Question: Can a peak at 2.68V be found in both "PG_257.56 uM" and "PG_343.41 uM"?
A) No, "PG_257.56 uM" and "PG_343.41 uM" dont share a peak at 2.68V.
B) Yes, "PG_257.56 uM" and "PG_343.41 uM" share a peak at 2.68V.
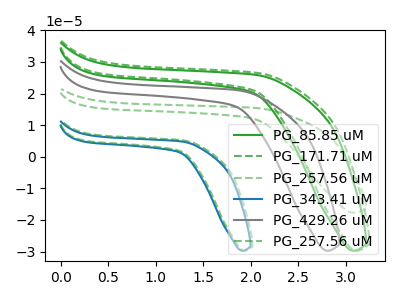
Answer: <think>The green curve "PG_85.85 uM" has no peaks. The green dashed curve "PG_171.71 uM" has no peaks. The green dashed curve "PG_257.56 uM" has no peaks. The blue curve "PG_343.41 uM" has no peaks. The gray curve "PG_429.26 uM" has no peaks. The green dashed curve "PG_257.56 uM" has no peaks.</think>
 <answer>A) No, "PG_257.56 uM" and "PG_343.41 uM" dont share a peak at 2.68V.</answer>
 <eval>A</eval>